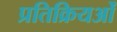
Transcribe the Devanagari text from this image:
प्रतिक्रियओं